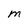
Character: M